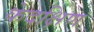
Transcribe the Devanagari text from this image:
केदक्षिण